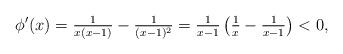
LaTeX: \begin{align*}\phi'(x) = \tfrac{1}{x (x - 1)} - \tfrac{1}{(x-1)^2} = \tfrac{1}{x-1} \left( \tfrac{1}{x} - \tfrac{1}{x - 1}\right) < 0,\end{align*}